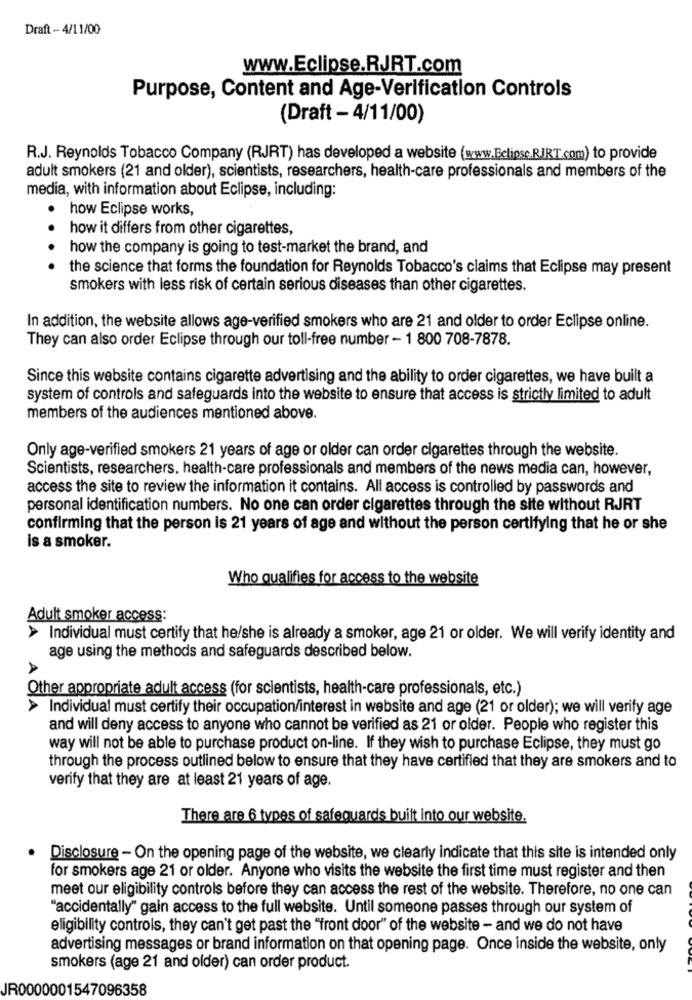
Draft - 4/11/00
www.Eclipse.RJRT.com
Purpose, Content and Age-Verification Controls
(Draft - 4/11/00)
R.J. Reynolds Tobacco Company (RJRT) has developed a website (www.Eclipse.RJRT.com) to provide
adult smokers (21 and older), scientists, researchers, health-care professionals and members of the
media, with information about Eclipse, including:
how Eclipse works,
how it differs from other cigarettes,
how the company is going to test-market the brand, and
. . . .
the science that forms the foundation for Reynolds Tobacco's claims that Eclipse may present
smokers with less risk of certain serious diseases than other cigarettes.
In addition, the website allows age-verified smokers who are 21 and older to order Eclipse online.
They can also order Eclipse through our toll-free number - 1 800 708-7878.
Since this website contains cigarette advertising and the ability to order cigarettes, we have built a
system of controls and safeguards into the website to ensure that access is strictly limited to adult
members of the audiences mentioned above.
Only age-verified smokers 21 years of age or older can order cigarettes through the website.
Scientists, researchers. health-care professionals and members of the news media can, however,
access the site to review the information it contains. All access is controlled by passwords and
personal identification numbers. No one can order cigarettes through the site without RJRT
confirming that the person is 21 years of age and without the person certifying that he or she
is a smoker.
Who qualifies for access to the website
Adult smoker access:
> Individual must certify that he/she is already a smoker, age 21 or older. We will verify identity and
age using the methods and safeguards described below.
A
Other appropriate adult access (for scientists, health-care professionals, etc.)
Individual must certify their occupation/interest in website and age (21 or older); we will verify age
and will deny access to anyone who cannot be verified as 21 or older. People who register this
way will not be able to purchase product on-line. If they wish to purchase Eclipse, they must go
through the process outlined below to ensure that they have certified that they are smokers and to
verify that they are at least 21 years of age.
There are 6 types of safeguards built into our website.
Disclosure - On the opening page of the website, we clearly indicate that this site is intended only
for smokers age 21 or older. Anyone who visits the website the first time must register and then
meet our eligibility controls before they can access the rest of the website. Therefore, no one can
"accidentally" gain access to the full website. Until someone passes through our system of
eligibility controls, they can't get past the "front door" of the website - and we do not have
advertising messages or brand information on that opening page. Once inside the website, only
smokers (age 21 and older) can order product.
JR0000001547096358